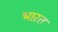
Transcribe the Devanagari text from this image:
भाऱत